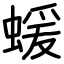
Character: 蝯